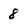
Character: 8